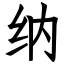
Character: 纳